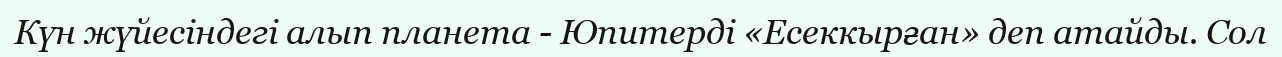
Күн жүйесіндегі алып планета - Юпитерді «Есеккырған» деп атайды. Сол